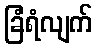
ခြံရံလျက်